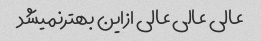
عالی عالی عالی ازاین بهترنمیشد